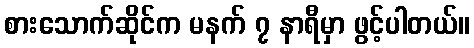
စားသောက်ဆိုင်က မနက် ၇ နာရီမှာ ဖွင့်ပါတယ်။